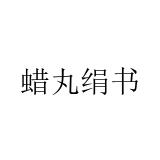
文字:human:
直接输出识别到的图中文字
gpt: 蜡丸绢书